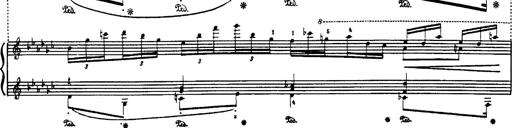
Title: Danza sacra e duetto finale dâ€™Aida
Composer: Franz Liszt